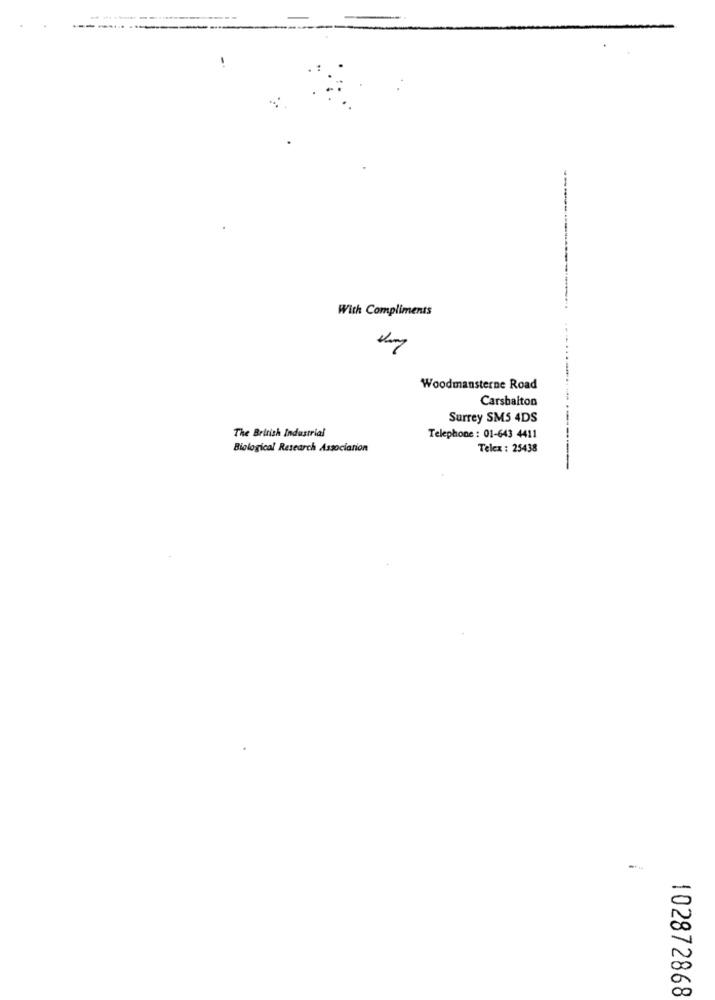
----------
With Compliments
Woodmansterne Road
Carsbalton
Surrey SMS 4DS
The British Industrial
Telephone : 01-643 4411
Biological Research Association
Telex : 25438
102872868